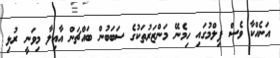
އަނެއްކާ ވެސް ފިލްމުގައި ހިމެނޭ މަންޒަރުތަކުގެ ސަބަބުން ބައްޗަން އާއިލާ މިވަނީ ރުޅި